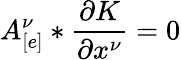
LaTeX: A_{[e]}^{\nu}*\frac{\partial K}{\partial x^{\nu}}=0